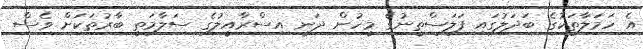
އެ ހަމަލާތަކުގެ ބަދަލުގައި ފަލަސްތީނުގެ މީހުން ދަނީ އިސްރާއީލުގެ ސަލާމަތީ ބާރުތަކަށް ވެސް